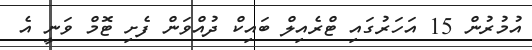
އުމުރުން 15 އަހަރުގައި ޓްރެެއިލް ބައިކް ދުއްވަން ފެށި ޓޮމް ވަނީ އެ